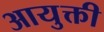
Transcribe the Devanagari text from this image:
आयुक्ती